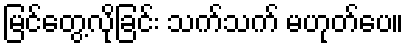
မြင်တွေ့လိုခြင်း သက်သက် မဟုတ်ပေ။